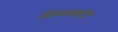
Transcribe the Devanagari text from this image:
तिलकादि